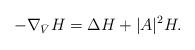
LaTeX: \begin{align*}- \nabla_{\bar{V}} H = \Delta H + |A|^{2}H.\end{align*}